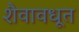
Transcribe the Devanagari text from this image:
शैवावधूत